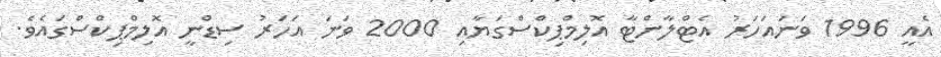
އެއީ 1996 ވަނައަހަރު އެޓްލާންޓާ އޮލިމްޕިކްސްގަޔާއި 2000 ވަނަ އަހަރު ސިޑްނީ އޮލިމްޕިކްސްގައެވެ.